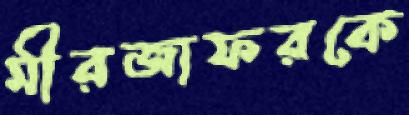
মীরজাফরকে